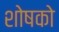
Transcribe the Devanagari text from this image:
शोषको